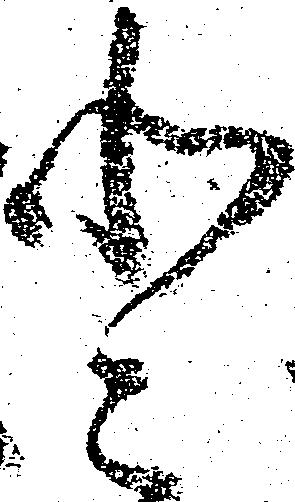
登